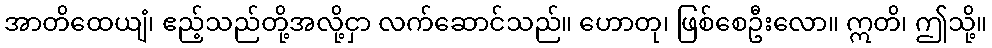
အာတိထေယျံ၊ ဧည့်သည်တို့အလို့ငှာ လက်ဆောင်သည်။ ဟောတု၊ ဖြစ်စေဦးလော။ ဣတိ၊ ဤသို့။